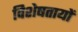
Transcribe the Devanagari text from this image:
विशेषतायों